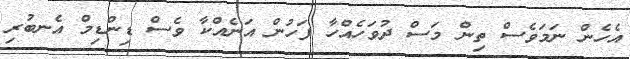
އެހެން ނަމަވެސް ތިން މަސް ދުވަހެއްހާ ފަހުން އަނެއްކާ ވެސް ޑިންޑިމް އެނބުރި